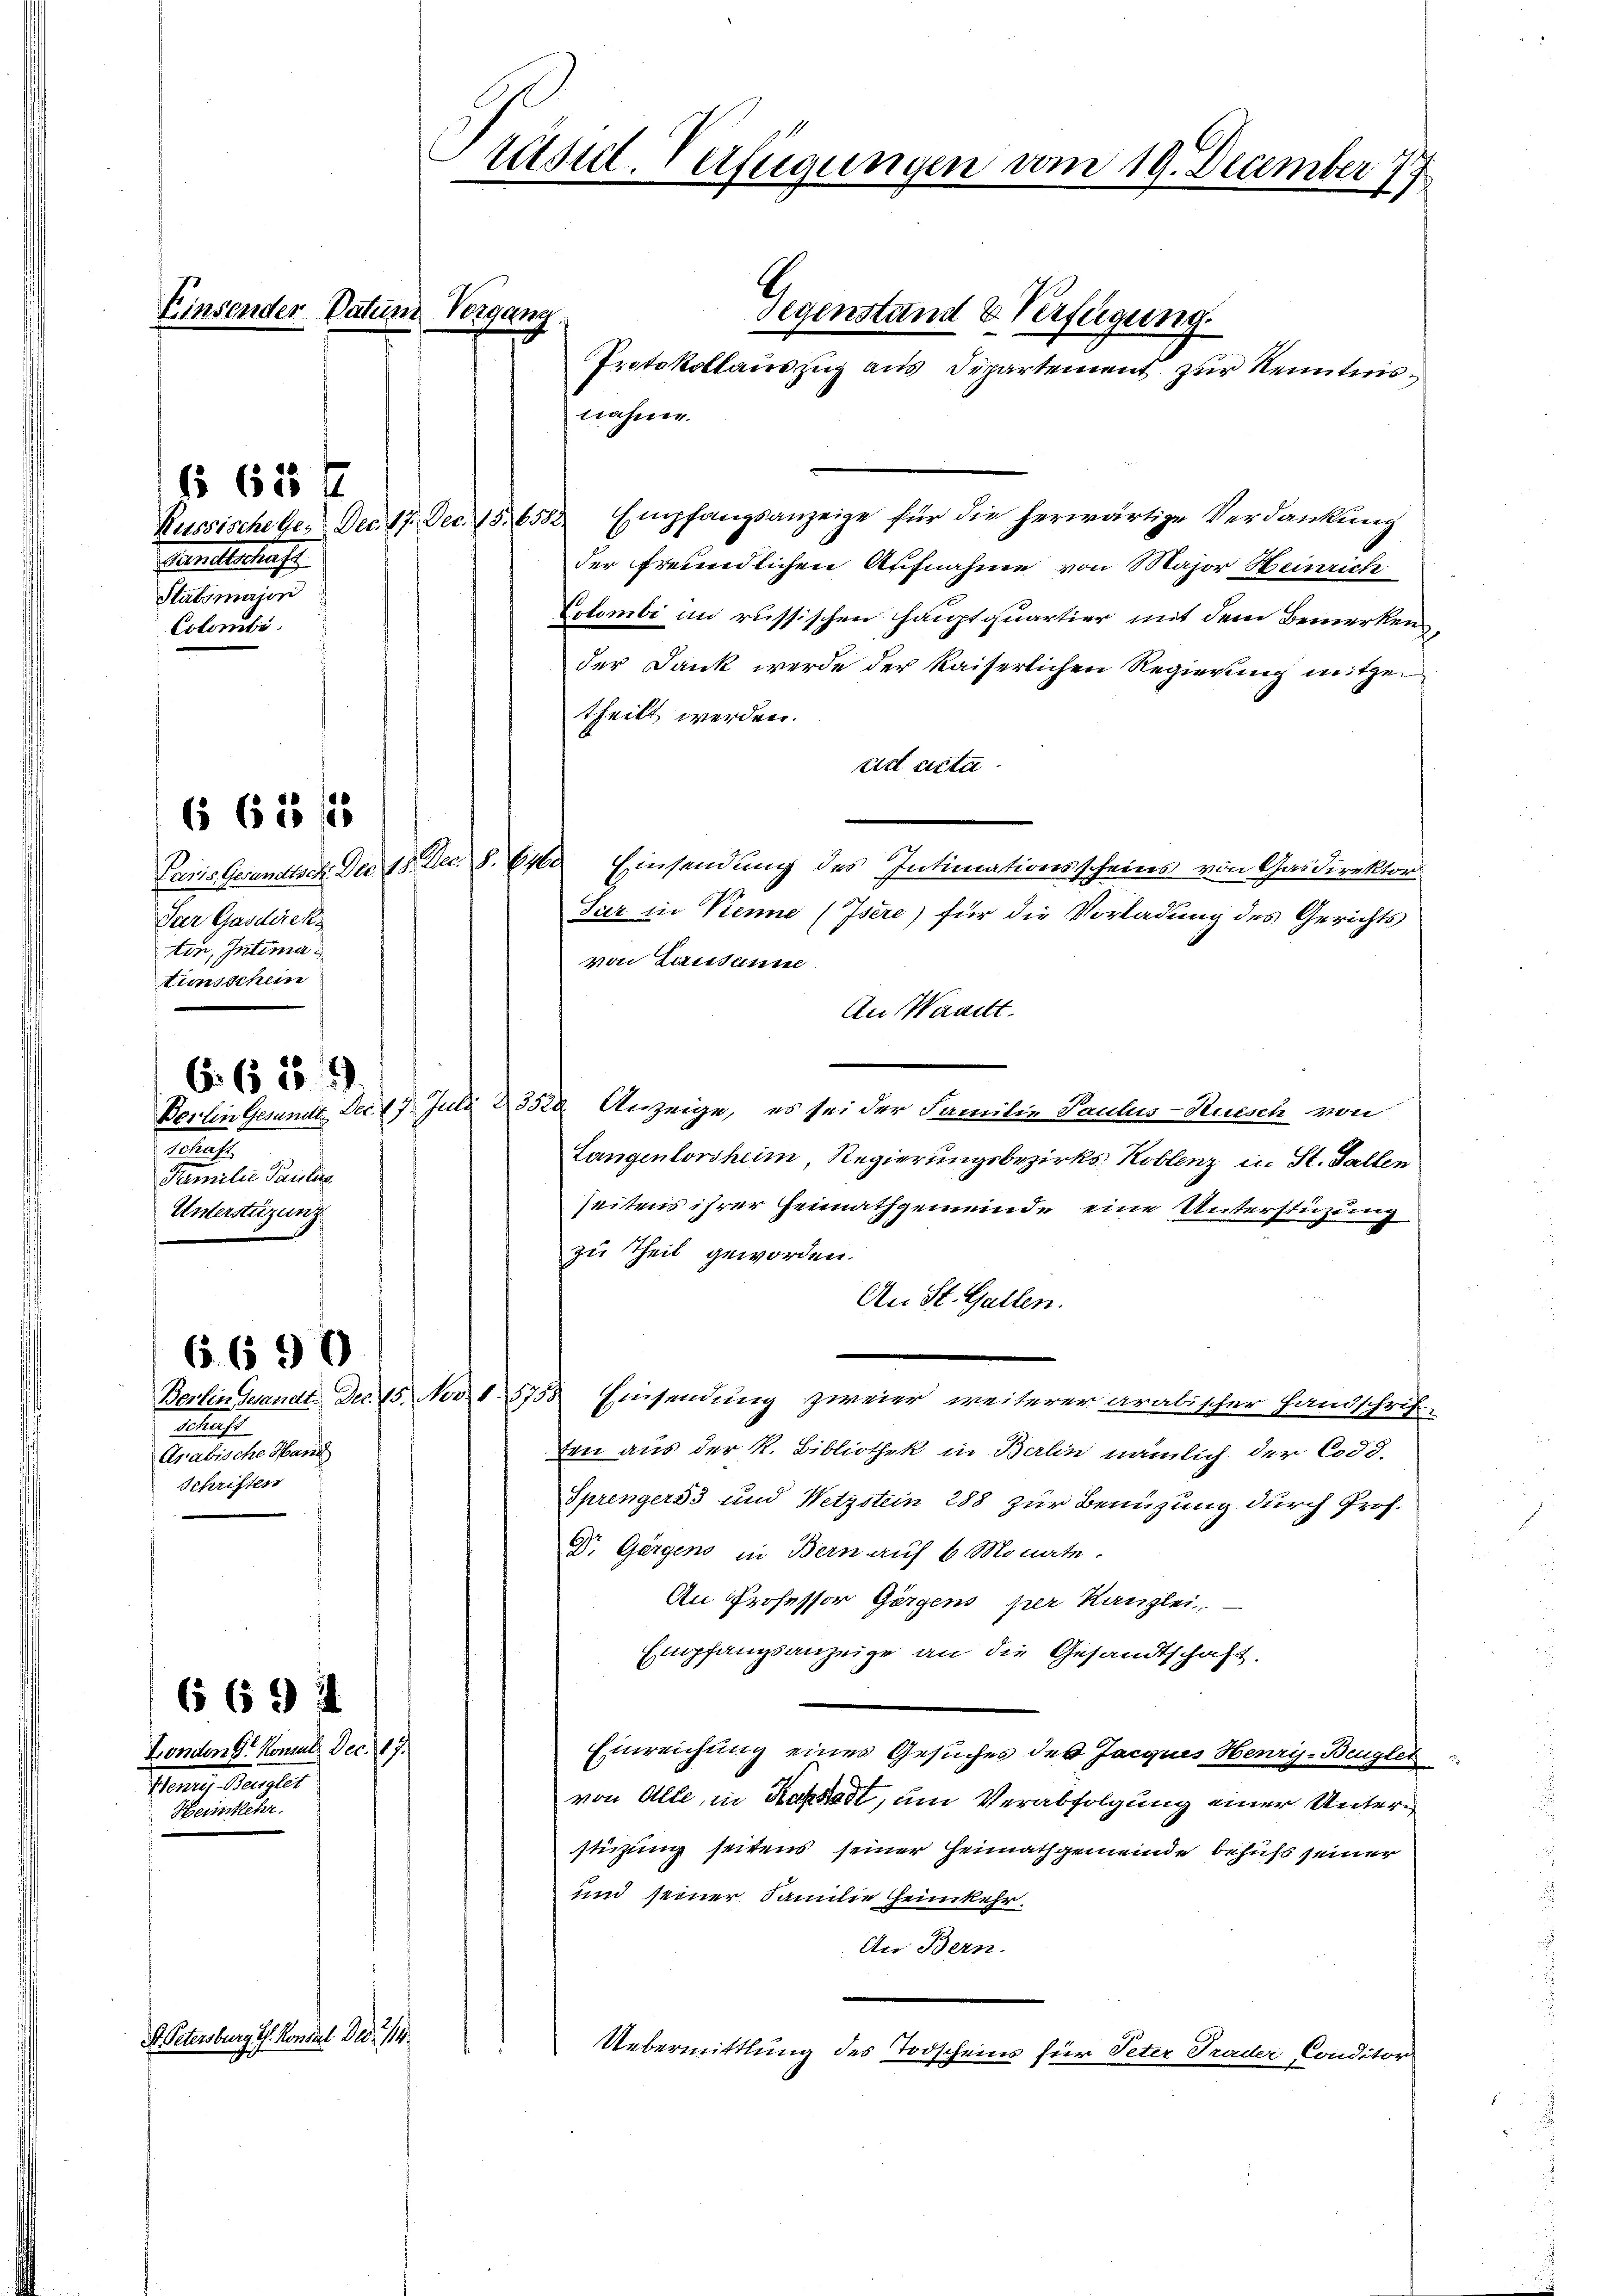
Pandtschrif
Stabsmajon
Colombi

§ 65 f

Der Gasdirek
tin, Intima
tionsschein
6. 615.
.
Familie Paulic
Unterstüzung

662 f

Schul
Arabische Hand
Schriften

London Sr. Konsul Dec. 17.
Mantes Hauptet
Heimkehr.

S. Petersburg i. Konsul Dec. 114.

Präsid. Verfügungen am 19. December 177

Einsender Datum Vorgang

6. 690

694

nahme.

Russische ge. Dec. 17. Dec. 15. 6582. Empfangsanzeige für die herwärtige Verdankung
der freundlichen Aufnahme von Major Heinrich
Colombi in russischen Hauptquartier mit dem Bemerkender Dank werde der kaiserlichen Regierung mitgen
theilt werden.
ad acta
Paris Gesandtsch. Der 18. Dec. 8. 610. Einsendung des Intimationsscheins von Gasdirektor
Sar in Trenne (Isere) für die Vorladung des Gerichts
von Lausanne
An Waadt.
Berlin Gesandt. Dec. 17. Juli 23520. Anzeige, es sei der Familie Paulus-Kuesch von
Langenlorsheim, Regierungsbezirks- Koblenz in St. Gallen
seitens ihrer Heimathgemeinde eine Unterstüzung
zu Theil geworden.
An St. Gallen.
Berlin sandt Dec. 15. Nov. 15155 Einsendung zweier weiterer aralischer Handschrif
den aus der K. Bibliothek in Berlin nämlich der Codi¬
Sprengers und Wetzstein 288 zur Benüzung durch Prof.
Dr. Görgens in Bern auf 6 Monate.
An Professor Görgens per Kanzlei.
Empfangsanzeige an die Gesandtschaft.
Einreichung eines Gesuches des Jacques Henry-Beugtet
von Alte, in Kastadt, um Verabfolgung einer Unterstüzung seitens seiner Heimathgemeinde behufs seiner
und seiner Familie heimkehr.
An Bern.
Uebermittlung des Todscheins für Peter Trader Conditor

Gegenstand & Verfügung
Protokollauszug aus Departement zur Kenntnis¬